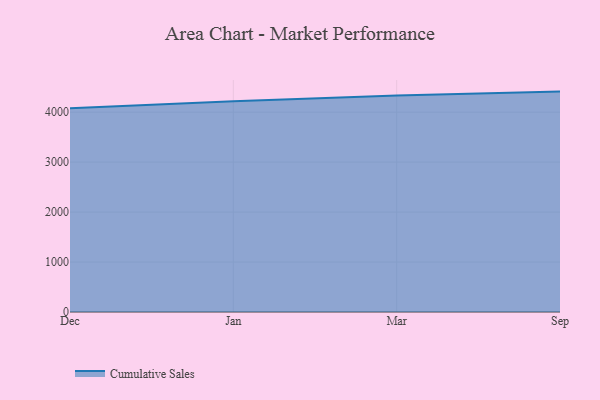
{"axis": {"x": "Month", "y": "Churn Rate (%)"}, "legend": ["Cumulative Sales"], "data": [{"x": "Dec", "y": 4078.4, "type": "Cumulative Sales"}, {"x": "Jan", "y": 4218.5, "type": "Cumulative Sales"}, {"x": "Mar", "y": 4331.8, "type": "Cumulative Sales"}, {"x": "Sep", "y": 4411.4, "type": "Cumulative Sales"}]}